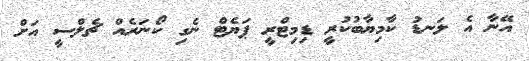
އޭނާ އެ ލަނޑު ކާމިޔާބުކުރީ ޑިމިޓްރީ ޕަޔެޓް ނެގި ކޯނަރެއް ޗެލްސީ އަށް